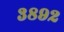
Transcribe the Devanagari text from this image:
३८९२